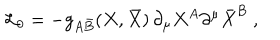
{ \cal L } _ { 0 } = - g _ { A \bar { B } } ( X , \bar { X } ) \, \partial _ { \mu } X ^ { A } \partial ^ { \mu } \bar { X } ^ { B } \ ,